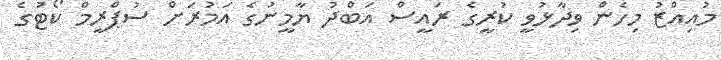
މުއިއްޒު މިހެން ވިދާޅުވީ ކުރީގެ ރައީސް އަބްދު ޔާމީނުގެ އަމުރަށް ސުޕްރީމް ކޯޓުގެ